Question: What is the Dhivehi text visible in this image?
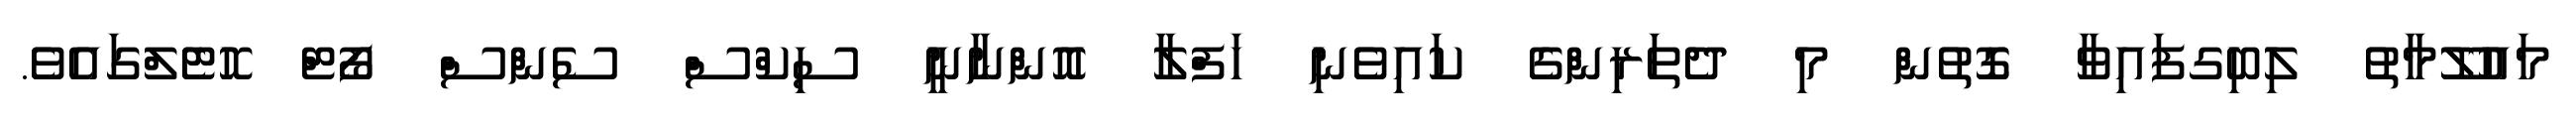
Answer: މައުލޫމާތު ލިބިގފައިވާ ގޮތުން މި ދެތަރިންގެ ކައިވެނި ހަފްލާ އޮންނާނީ ސިކްސް ސެންސް ފޯޓް ހޮޓެލްގައެވެ.